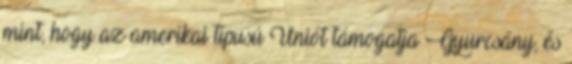
mint, hogy az amerikai típusú Uniót támogatja Gyurcsány, és